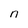
Character: n